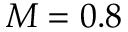
M = 0 . 8